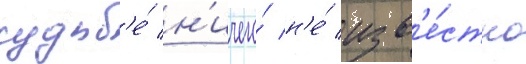
судьб'е́ н'ичего́ н'е́ изв'е́стно